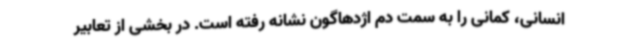
انسانی، کمانی را به سمت دم اژدهاگون نشانه رفته است. در بخشی از تعابیر